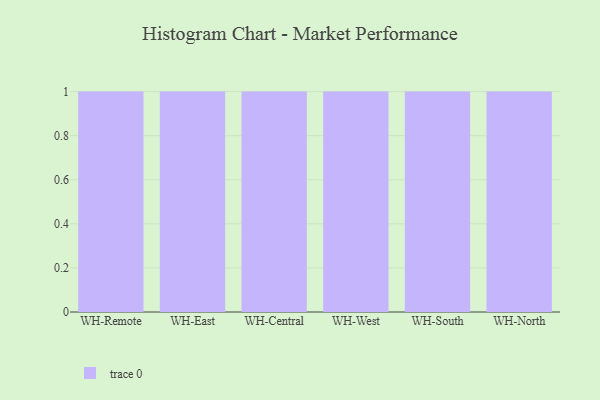
{"axis": {"x": "Warehouse", "y": "Website Visitors"}, "legend": [""], "data": [{"x": "WH-Remote", "y": 10, "type": ""}, {"x": "WH-East", "y": 30, "type": ""}, {"x": "WH-Central", "y": 57, "type": ""}, {"x": "WH-West", "y": 14, "type": ""}, {"x": "WH-South", "y": 50, "type": ""}, {"x": "WH-North", "y": 92, "type": ""}]}